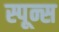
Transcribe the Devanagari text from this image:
स्पून्स